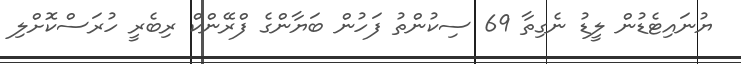
ޔުނައިޓެޑުން ލީޑު ނެގިތާ 69 ސިކުންތު ފަހުން ބަޔާންގެ ފްރޭންކް ރިބެރީ ހުރަސްކޮށްލި